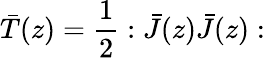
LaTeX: \bar{T}(z)=\frac{1}{2}:\bar{J}(z)\bar{J}(z):